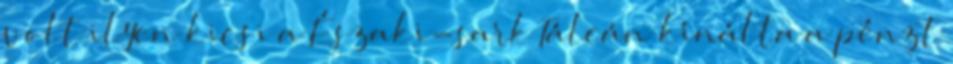
volt ilyen kicsi a Északi-sark Tálcán kínálta a pénzt